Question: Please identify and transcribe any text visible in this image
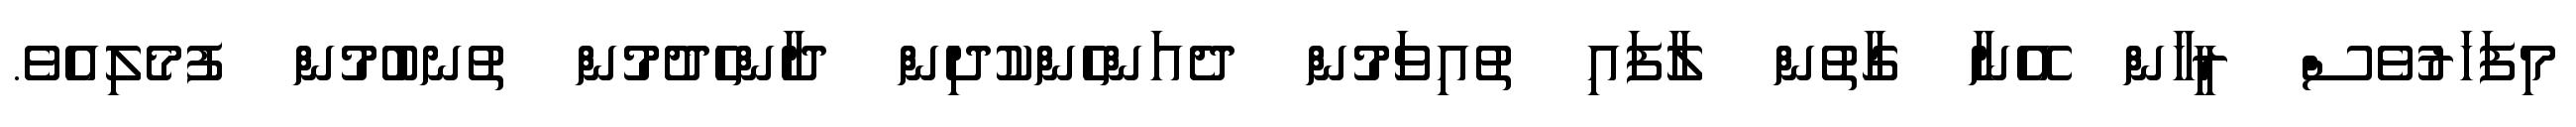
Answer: މިފަހަރުވެސް ރީހާން އޭނާ ގާތުން ލާފައި ތުއިވަމުން ދެއަންހެންކުދިން ދާންހެދުމުން ތުނބުމުން ފުމެލިއެވެ.